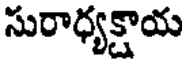
సురాధ్యక్షాయ